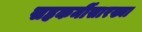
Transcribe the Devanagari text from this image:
सहकर्मीसारख्या